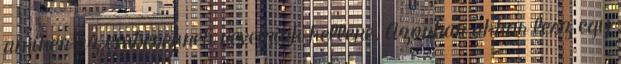
amiken az embereknek nevetniük kellene. Azonban akkor lesz egy